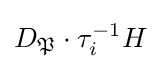
D_{\mathfrak {P}}\cdot \tau _{i}^{-1}H